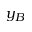
y _ { B }